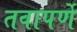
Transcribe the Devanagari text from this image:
तवापर्णे